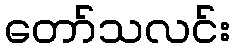
တော်သလင်း